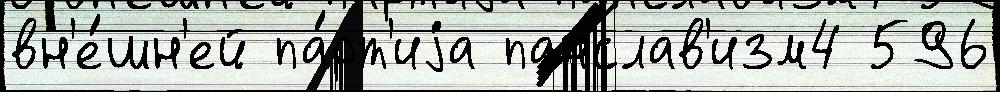
вн'е́шн'ей па́рт'иjа панслав'изм4 596